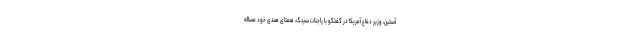
آستین، وزیر دفاع آمریکا در گفتگو با راجنات سینگ، همتای هندی خود مساله